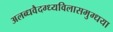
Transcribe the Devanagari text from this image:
अलब्धवैदग्ध्यविलासमुग्धया